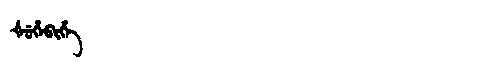
Manchu: ᡧᡠᡥᡝᠪᡳᡥᡝ
Romanization: ŠUHEBIHE